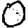
Digit: 0